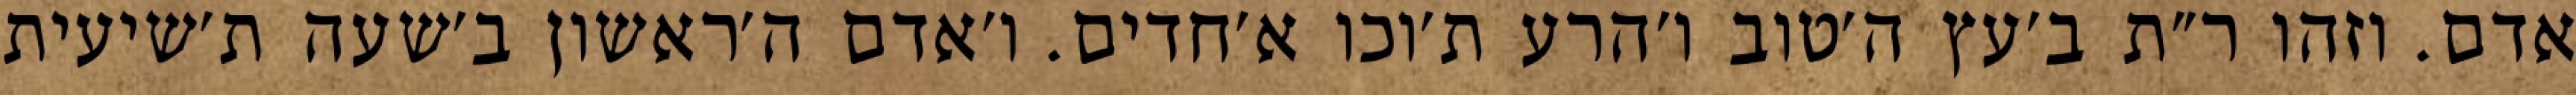
אדם. וזהו ר״ת ב׳עץ ה׳טוב ו׳הרע ת׳וכו א׳חדים. ו׳אדם ה׳ראשון ב׳שעה ת׳שיעית